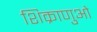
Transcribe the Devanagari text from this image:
शिक्राणुओं